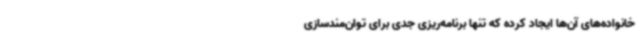
خانواده‌های آن‌ها ایجاد کرده که تنها برنامه‌ریزی جدی برای توان‌مندسازی